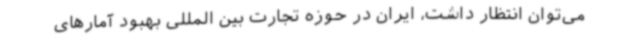
می‌توان انتظار داشت، ایران در حوزه تجارت بین المللی بهبود آمارهای